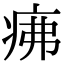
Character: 疿